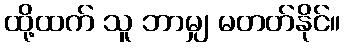
ထို့ထက် သူ ဘာမျှ မတတ်နိုင်။